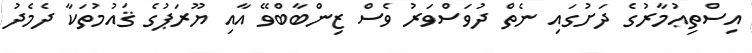
އިސްތިޢުމާރުގެ ދަށުގައި ނެތް ދުވަސްވަރު ވެސް ޒިންބާބްވޭ އާއި ޔޫރަޕުގެ ޤައުމުތަކާ ދެމެދު